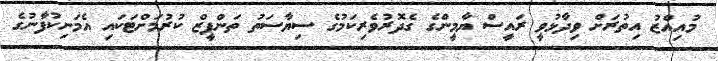
މުުއިއްޒު އިތުރަށް ވިދާޅުވީ ރަައީސް ޔާމީންގެ ގެދޮރުވެރިކަމުގެ ސިޔާސަތު ތަންފީޒް ކުރުމަށްޓަކައި އެމަނިކުފާނުގެ